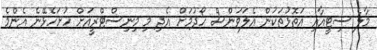
މާލެ ސިޓީއާއި އަތޮޅުތަކުން އެލަވަންސް ހޯދުމަށް އެދި މި މިނިސްޓްރީއަށް ހުށަހެޅޭނެ އެންމެ